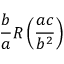
{ \frac { b } { a } } R \left( { \frac { a c } { b ^ { 2 } } } \right)